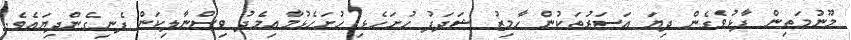
މޫނުމަތިން ފާޅުވެގެން ދިޔަ އަސަރުތަކުން ހާމިޒު ޝަދަފު ހުށަހެޅި ހުށަހެޅުމާއިމެދު ވިސްނާލިކަން ފެނިގެންދިޔައެވެ.